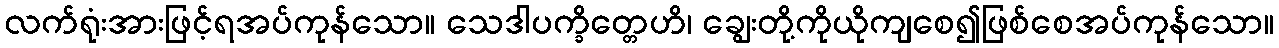
လက်ရုံးအားဖြင့်ရအပ်ကုန်သော။ သေဒါပက္ခိတ္တေဟိ၊ ချွေးတို့ကိုယိုကျစေ၍ဖြစ်စေအပ်ကုန်သော။